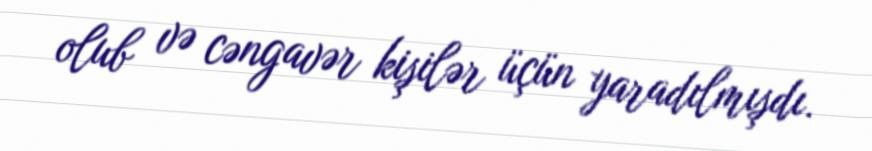
olub və cəngavər kişilər üçün yaradılmışdı.